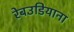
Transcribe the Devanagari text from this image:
रेबउडियाना